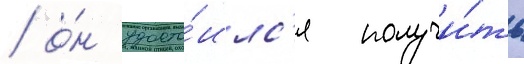
/ о́н удосто́илс'я получи́ть